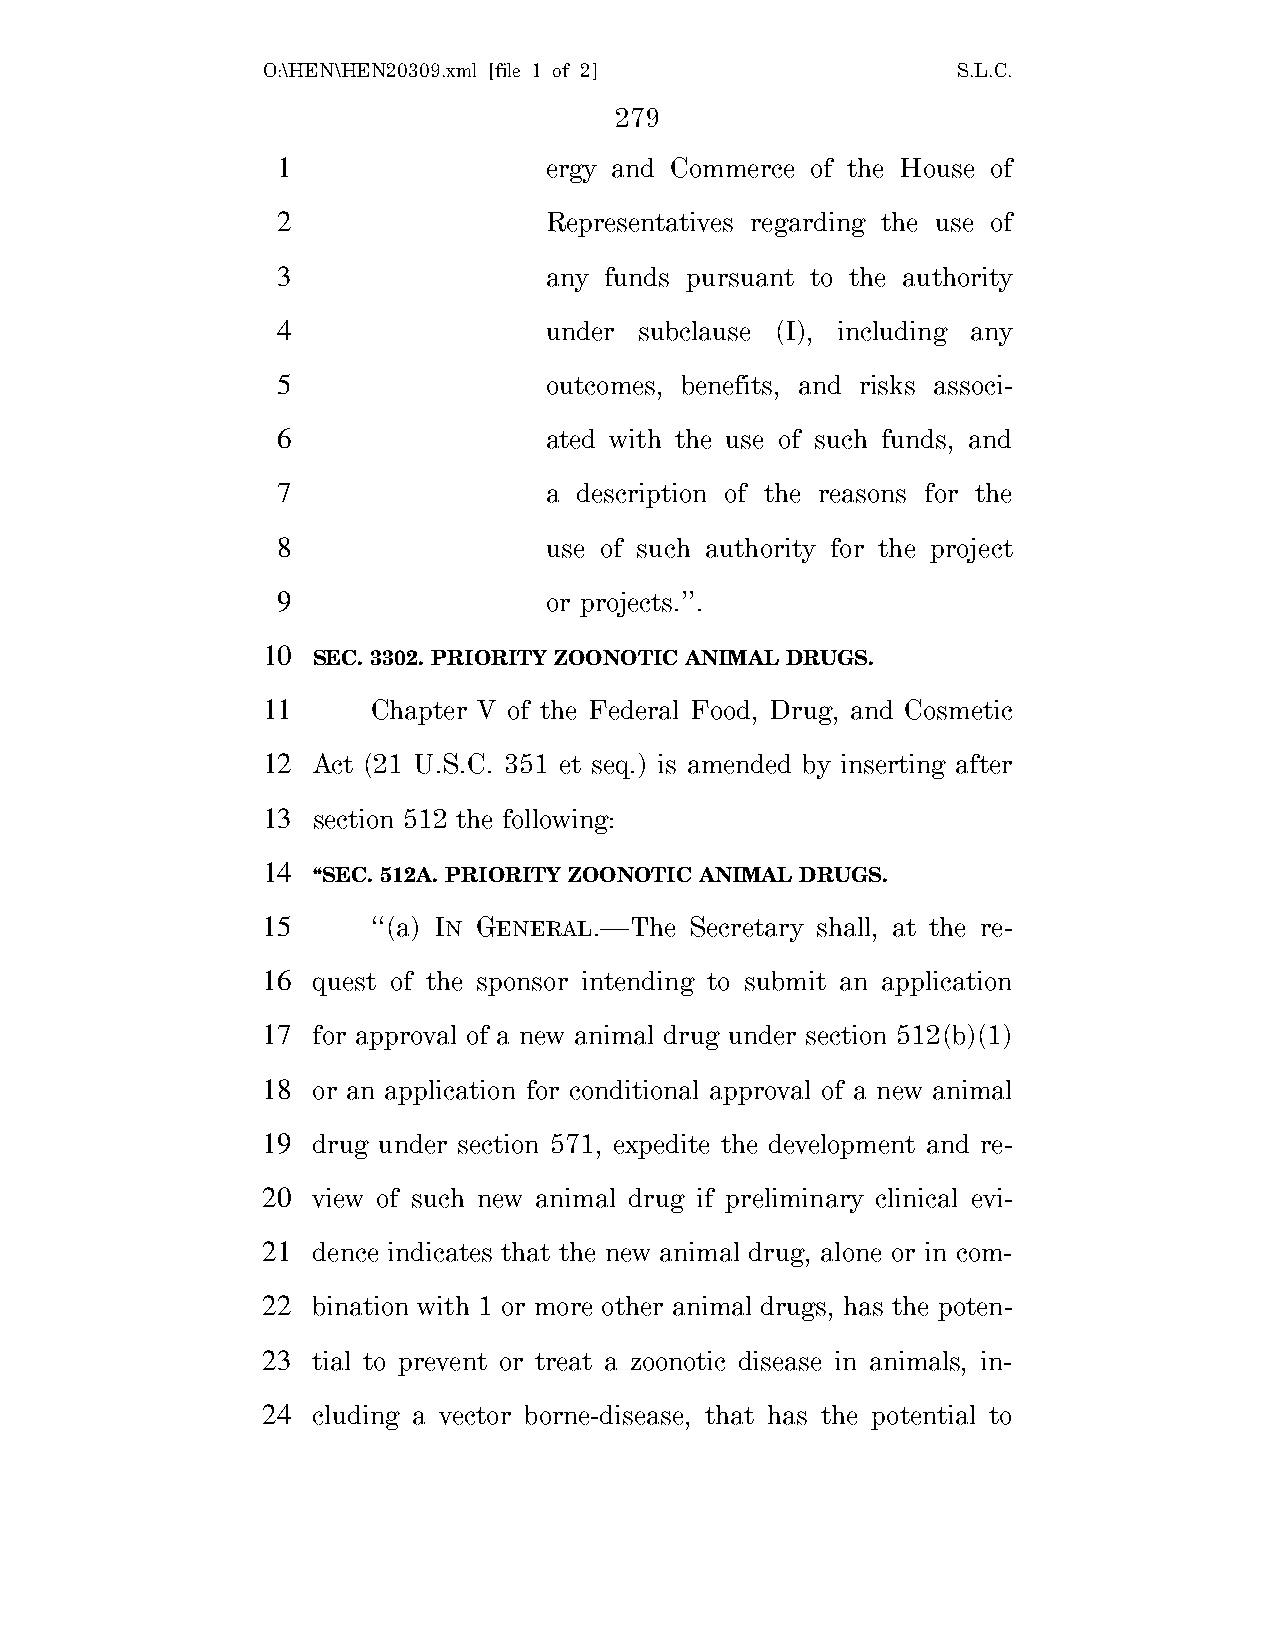
O:\HEN\HEN20309.xml [file 1 of 2]             S.L.C.
 279
 1                 ergy and Commerce of the House of
 2                 Representatives regarding the use of
 3                 any funds pursuant to the authority
 4                 under subclause (I), including any
 5                 outcomes, benefits, and risks associ-
 6                 ated with the use of such funds, and
 7                 a description of the reasons for the
 8                 use of such authority for the project
 9                 or projects.’’.
 10
 SEC. 3302. PRIORITY ZOONOTIC ANIMAL DRUGS.
 11      Chapter V of the Federal Food, Drug, and Cosmetic
 12  Act (21 U.S.C. 351 et seq.) is amended by inserting after
 13  section 512 the following:
 14
 ‘‘SEC. 512A. PRIORITY ZOONOTIC ANIMAL DRUGS.
 15      ‘‘(a) IN GENERAL.—The Secretary shall, at the re-
 16  quest of the sponsor intending to submit an application
 17  for approval of a new animal drug under section 512(b)(1)
 18  or an application for conditional approval of a new animal
 19  drug under section 571, expedite the development and re-
 20  view of such new animal drug if preliminary clinical evi-
 21  dence indicates that the new animal drug, alone or in com-
 22  bination with 1 or more other animal drugs, has the poten-
 23  tial to prevent or treat a zoonotic disease in animals, in-
 24  cluding a vector borne-disease, that has the potential to